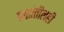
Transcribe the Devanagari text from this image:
पक्षांतीलही